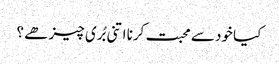
کیا خود سے محبت کرنا اتنی بُری چیز ھے ؟